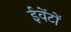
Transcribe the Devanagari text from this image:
ईवेंटों